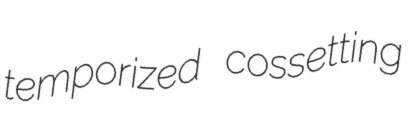
temporized cossetting